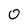
Character: 0